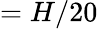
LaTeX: =H/20